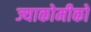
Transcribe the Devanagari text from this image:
ज्याकोमीको